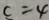
c = 4